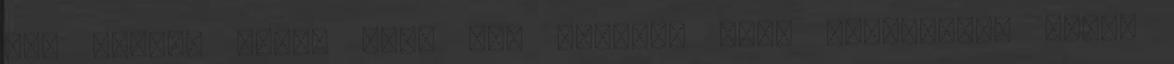
nem látják őket, mert azt hiszik, hogy kiirtották őket.